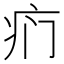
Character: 𱱊